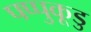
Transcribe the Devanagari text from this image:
पप्पुकूडु